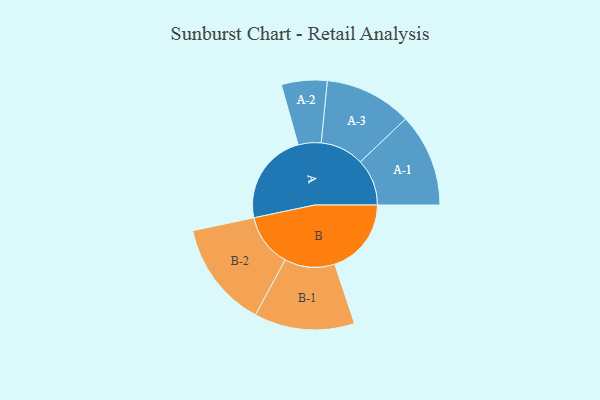
{"axis": {"x": "Segment", "y": "Value"}, "legend": ["", "A", "B"], "data": [{"x": "A", "y": 465, "type": ""}, {"x": "B", "y": 386, "type": ""}, {"x": "A-1", "y": 235, "type": "A"}, {"x": "A-2", "y": 115, "type": "A"}, {"x": "A-3", "y": 220, "type": "A"}, {"x": "B-1", "y": 253, "type": "B"}, {"x": "B-2", "y": 268, "type": "B"}]}